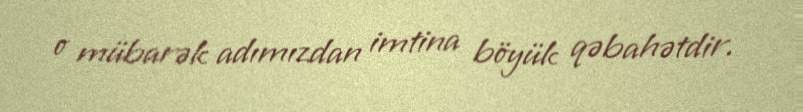
o mübarək adımızdan imtina böyük qəbahətdir.